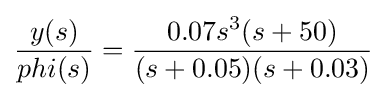
{\frac {y(s)}{phi(s)}}={\frac {0.07s^{3}(s+50)}{(s+0.05)(s+0.03)}}